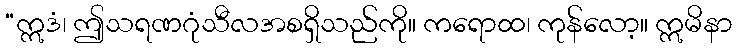
“ဣဒံ၊ ဤသရဏဂုံသီလအစရှိသည်ကို။ ကရောထ၊ ကုန်လော့။ ဣမိနာ